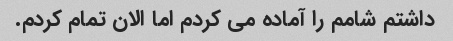
داشتم شامم را آماده می کردم اما الان تمام کردم.